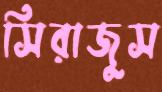
সিরাজুস